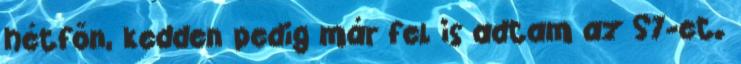
hétfőn, kedden pedig már fel is adtam az S7-et.